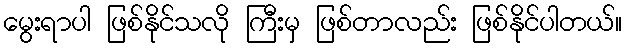
မွေးရာပါ ဖြစ်နိုင်သလို ကြီးမှ ဖြစ်တာလည်း ဖြစ်နိုင်ပါတယ်။